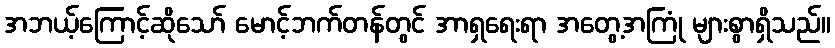
အဘယ့်ကြောင့်ဆိုသော် မောင့်ဘက်တန်တွင် အာရှရေးရာ အတွေ့အကြုံ များစွာရှိသည်။